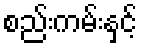
စည်းကမ်းနှင့်